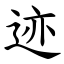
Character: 迹